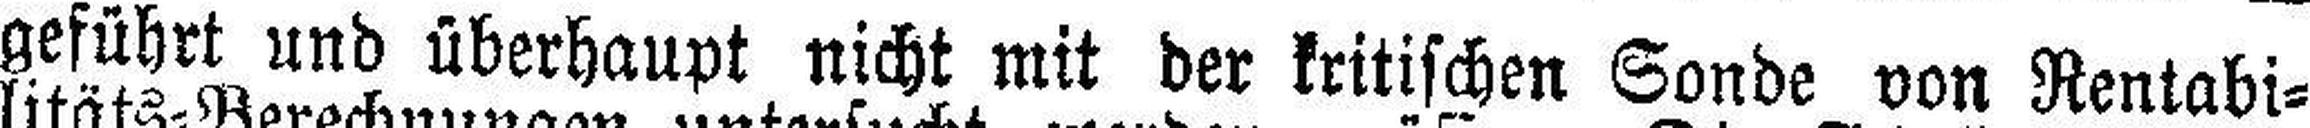
geführt und überhaupt nicht mit der kritischen Sonde von Rentabi¬